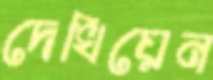
দেখিয়েন